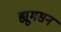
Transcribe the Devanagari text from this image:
ह्यूमसन